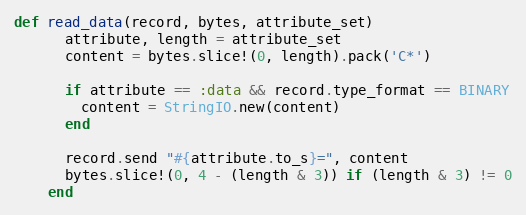
Language: Ruby
def read_data(record, bytes, attribute_set)
      attribute, length = attribute_set
      content = bytes.slice!(0, length).pack('C*')

      if attribute == :data && record.type_format == BINARY
        content = StringIO.new(content)
      end

      record.send "#{attribute.to_s}=", content
      bytes.slice!(0, 4 - (length & 3)) if (length & 3) != 0
    end